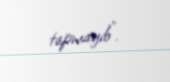
tapmayıb".